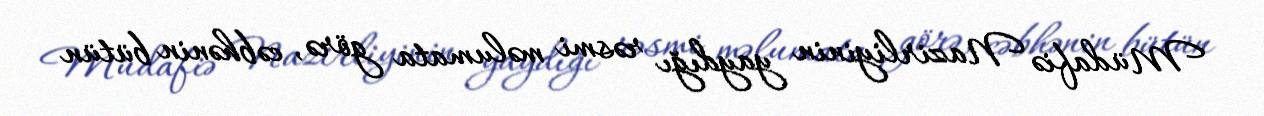
Müdafiə Nazirliyinin yaydığı rəsmi məlumata görə, cəbhənin bütün